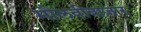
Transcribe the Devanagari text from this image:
मौलवीबाज़ार